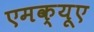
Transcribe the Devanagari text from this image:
एमक्यूए